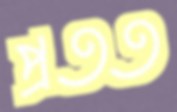
প্রতত